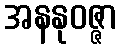
အနနုဝဇ္ဇာ